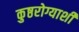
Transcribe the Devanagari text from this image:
कुष्ठरोग्याशी